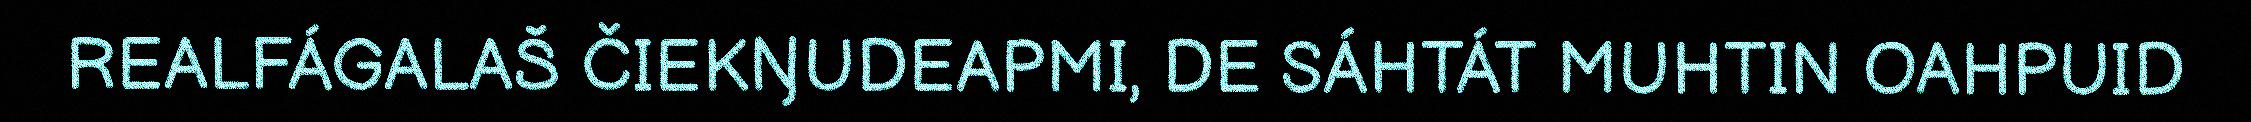
REALFÁGALAŠ ČIEKŊUDEAPMI, DE SÁHTÁT MUHTIN OAHPUID